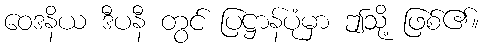
ဝေဒနိယ ဒီပနီ တွင် ပြဋ္ဌာန်ပုံမှာ ဤသို့ ဖြစ်၏။